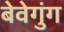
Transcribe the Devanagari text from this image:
बेवेगुंग